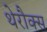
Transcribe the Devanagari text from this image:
थेरौक्स